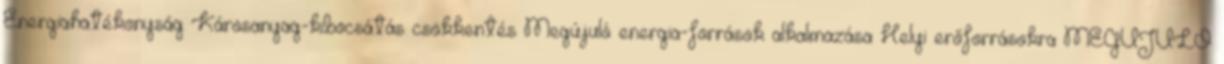
Energiahatékonyság Károsanyag-kibocsátás csökkentés Megújuló energia-források alkalmazása Helyi erőforrásokra MEGÚJULÓ